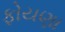
ફોયણા